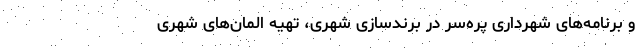
و برنامه‌های شهرداری پره‌سر در برندسازی شهری، تهیه المان‌های شهری